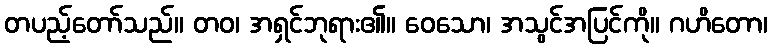
တပည့်တော်သည်။ တဝ၊ အရှင်ဘုရား၏။ ဝေသော၊ အသွင်အပြင်ကို။ ဂဟိတော၊